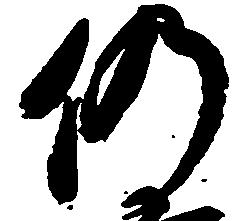
仍